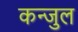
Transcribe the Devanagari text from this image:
कन्जुल